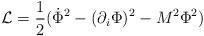
LaTeX: \begin{align*}{\cal L}=\frac{1}{2} (\dot{\Phi}^2-(\partial_i\Phi)^2-M^2\Phi^2)\end{align*}